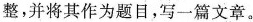
整，并将其作为题目，写一篇文章。